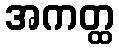
အကတ္ထ